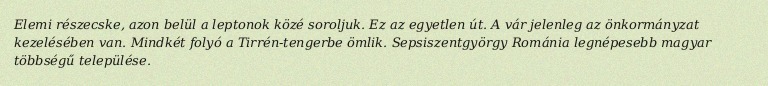
Elemi részecske, azon belül a leptonok közé soroljuk. Ez az egyetlen út. A vár jelenleg az önkormányzat kezelésében van. Mindkét folyó a Tirrén-tengerbe ömlik. Sepsiszentgyörgy Románia legnépesebb magyar többségű települése.